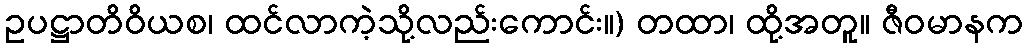
ဥပဋ္ဌာတိဝိယစ၊ ထင်လာကဲ့သို့လည်းကောင်း။) တထာ၊ ထို့အတူ။ ဇီဝမာနက